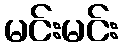
မင်းမင်း